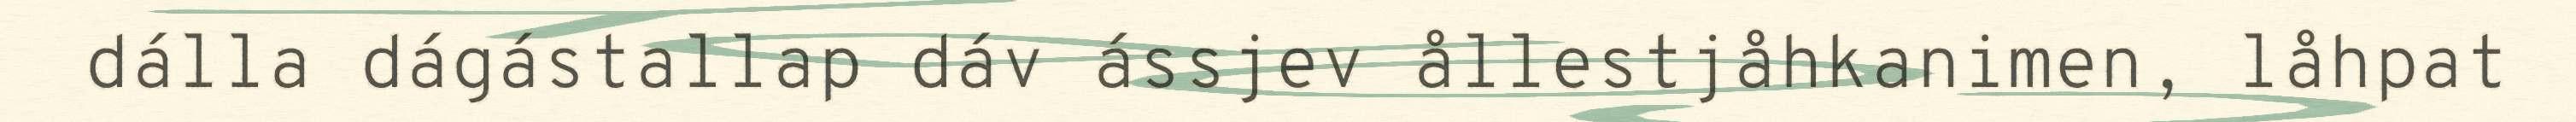
dálla dágástallap dáv ássjev ållestjåhkanimen, låhpat